Report on the Nagpur School of Medicine, Central Provinces
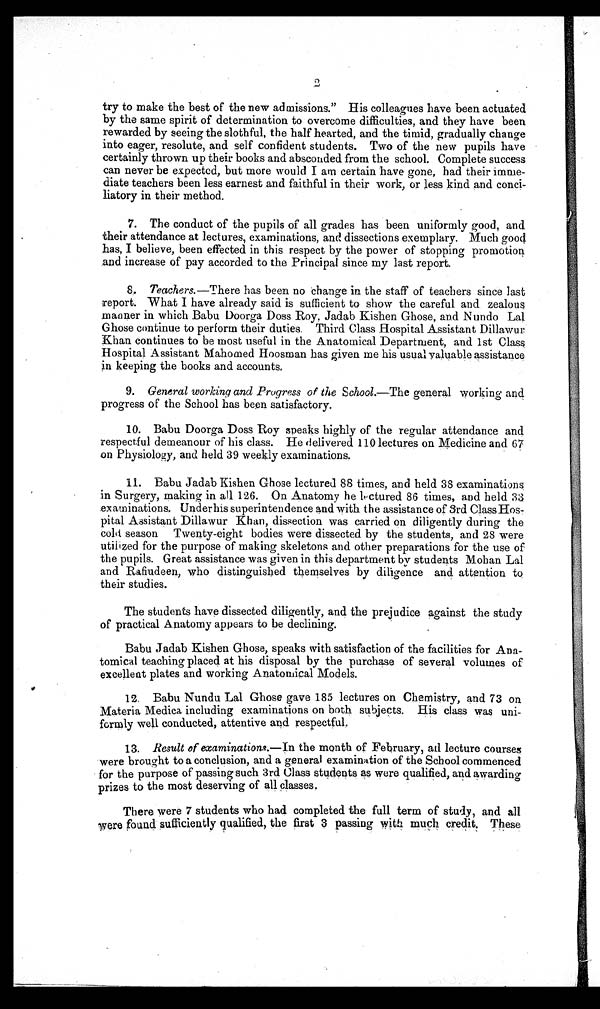
2
try to make the best of the new admissions." His colleagues have been actuated
by the same spirit of determination to overcome difficulties, and they have been
rewarded by seeing the slothful, the half hearted, and the timid, gradually change
into eager, resolute, and self confident students. Two of the new pupils have
certainly thrown up their books and absconded from the school. Complete success
can never be expected, but more would I am certain have gone, had their imme-
diate teachers been less earnest and faithful in their work, or less kind and conci-
liatory in their method.
7. The conduct of the pupils of all grades has been uniformly good, and
their attendance at lectures, examinations, and dissections exemplary. Much good
has, I believe, been effected in this respect by the power of stopping promotion
and increase of pay accorded to the Principal since my last report.
8.
Teachers.— There has been no change in the staff of teachers since last
report. What I have already said is sufficient to show the careful and zealous
manner in which Babu Doorga Doss Roy, Jadab Kishen Ghose, and Nundo Lal
Ghose continue to perform their duties. Third Class Hospital Assistant Dillawur
Khan continues to be most useful in the Anatomical Department, and 1st Class
Hospital Assistant Mahomed Hoosman has given me his usual valuable assistance
in keeping the books and accounts.
9. General working and Progress of the School.—The general working and
progress of the School has been satisfactory.
10. Babu Doorga Doss Roy speaks highly of the regular attendance and
respectful demeanour of his class. He delivered 110 lectures on Medicine and 67
on Physiology, and held 39 weekly examinations.
11. Babu Jadab Kishen Ghose lectured 88 times, and held 38 examinations
in Surgery, making in all 126. On Anatomy he lectured 86 times, and held 33
examinations. Under his superintendence and with the assistance of 3rd Class Hos-
pital Assistant Dillawur Khan, dissection was carried on diligently during the
cold season Twenty-eight bodies were dissected by the students, and 28 were
utilized for the purpose of making skeletons and other preparations for the use of
the pupils. Great assistance was given in this department by students Mohan Lal
and Rafiudeen, who distinguished themselves by diligence and attention to
their studies.
The students have dissected diligently, and the prejudice against the study
of practical Anatomy appears to be declining.
Babu Jadab Kishen Ghose, speaks with satisfaction of the facilities for Ana-
tomical teaching placed at his disposal by the purchase of several volumes of
excellent plates and working Anatomical Models.
12. Babu Nundu Lal Ghose gave 185 lectures on Chemistry, and 73 on
Materia Medica including examinations on both subjects. His class was uni-
formly well conducted, attentive and respectful.
13.
Result of examinations.— In the month of February, all lecture courses
were brought to a conclusion, and a general examination of the School commenced
for the purpose of passing such 3rd Class students as were qualified, and awarding
prizes to the most deserving of all classes.
There were 7 students who had completed the full term of study, and all
were found sufficiently qualified, the first 3 passing with much credit. These